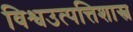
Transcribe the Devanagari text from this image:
विश्वउत्पत्तिशास्त्र